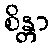
စိန္တာ